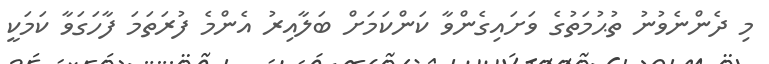
މި ދެންނެވުނު ތުޙުމަތުގެ ވަށައިގެންވާ ކަންކަމަށް ބަލާއިރު އެންމެ ފުރަތަމަ ފާހަގަވާ ކަމަކީ